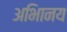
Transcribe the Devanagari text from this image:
अभािनय